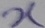
Text: X